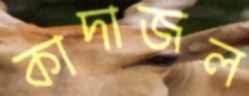
কাদাজল